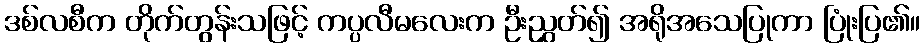
ဒစ်လစီက တိုက်တွန်းသဖြင့် ကပ္ပလီမလေးက ဦးညွှတ်၍ အရိုအသေပြုကာ ပြုံးပြ၏။